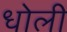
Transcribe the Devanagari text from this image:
धोली